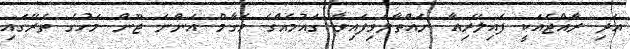
އަދި ރާއްޖެއަކީ ފައިލޭރިއާ ނައްތާލެވިފައިވާ ގައުމެއްގެ މަގާމް އަންނަ ޖޫން މަހުގެ ތެރޭގައި